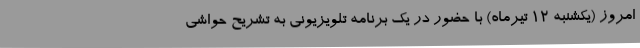
امروز (یکشنبه ۱۲ تیرماه) با حضور در یک برنامه تلویزیونی به تشریح حواشی